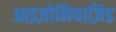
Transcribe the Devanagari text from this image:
आइज़ोनियाज़िड